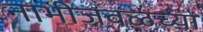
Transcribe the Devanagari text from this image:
नाभीजवळच्या